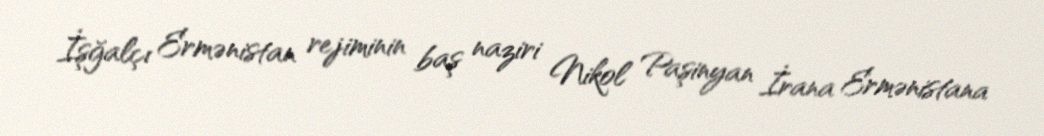
İşğalçı Ermənistan rejiminin baş naziri Nikol Paşinyan İrana Ermənistana